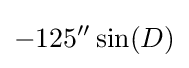
-125''\sin(D)